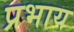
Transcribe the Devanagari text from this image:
प्रभाय